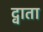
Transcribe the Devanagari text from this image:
द्वाता